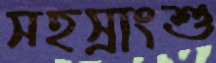
সহস্রাংশু